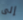
إلى